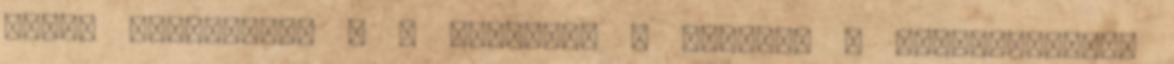
Black Fanfiction - A SZERELEM A GYÓGYÍR 5 megjelenítése